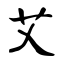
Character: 艾